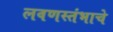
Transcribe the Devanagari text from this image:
लवणस्तंभाचे